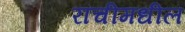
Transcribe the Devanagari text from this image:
रांचीमधील